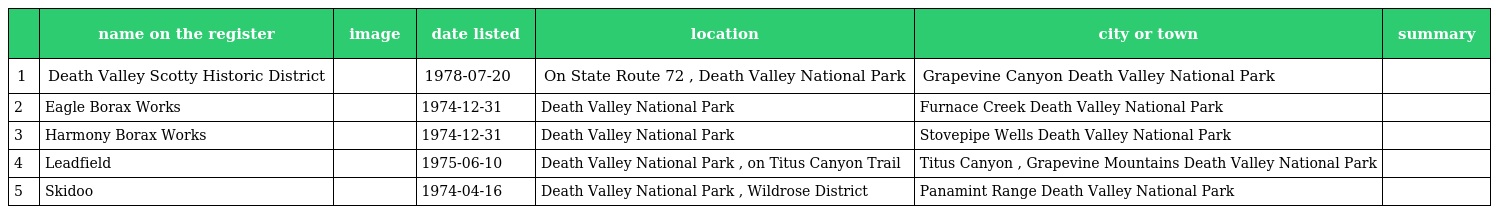
|  | name on the register | image | date listed | location | city or town | summary |
 | --- | --- | --- | --- | --- | --- | --- |
 | 1 | Death Valley Scotty Historic District |  | 1978-07-20 | On State Route 72 , Death Valley National Park | Grapevine Canyon Death Valley National Park |  |
 | 2 | Eagle Borax Works |  | 1974-12-31 | Death Valley National Park | Furnace Creek Death Valley National Park |  |
 | 3 | Harmony Borax Works |  | 1974-12-31 | Death Valley National Park | Stovepipe Wells Death Valley National Park |  |
 | 4 | Leadfield |  | 1975-06-10 | Death Valley National Park , on Titus Canyon Trail | Titus Canyon , Grapevine Mountains Death Valley National Park |  |
 | 5 | Skidoo |  | 1974-04-16 | Death Valley National Park , Wildrose District | Panamint Range Death Valley National Park |  |